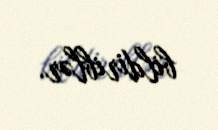
bildiriblər.